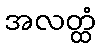
အလတ္ထံ